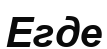
Егде